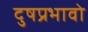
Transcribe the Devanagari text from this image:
दुषप्रभावो